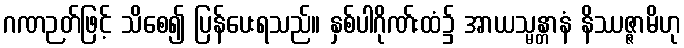
ဂဏဉတ်ဖြင့် သိစေ၍ ပြန်ပေးရသည်။ နှစ်ပါဂိုဏ်းထံ၌ အာယသ္မန္တာနံ နိဿဇ္ဇာမိဟု